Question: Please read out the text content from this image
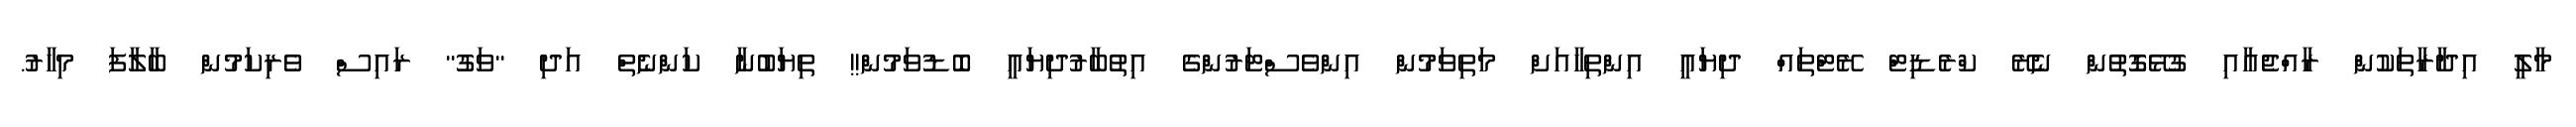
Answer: މާލީ އިދާރާތަކުން ރާއްޖެއާއި ގުޅޭގޮތުން ނެރޭ ކްރެޑިޓް ރޭޓްތައް ދިޔައީ އިންތިހާއަށް މަތިވަމުން އިންވެސްޓަރުންގެ އިތުބާރުދިޔައީ ބޮޑުވަމުން!! ތިޔަބުނާ ކަންނެތް އަދި "ވަގު" ރައިސް ވެރިކަމުން ބާލާފަ މިހާރު.